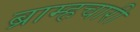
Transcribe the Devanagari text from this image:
ब्राम्हचारी